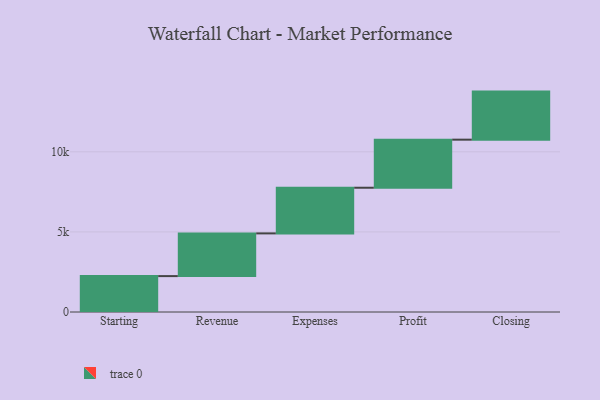
{"axis": {"x": "Step", "y": "Value"}, "legend": [""], "data": [{"x": "Starting", "y": 2241.0, "type": ""}, {"x": "Revenue", "y": 2666.0, "type": ""}, {"x": "Expenses", "y": 2850.0, "type": ""}, {"x": "Profit", "y": 3000, "type": ""}, {"x": "Closing", "y": 3000, "type": ""}]}